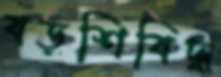
বড়শিবিদ্ধ